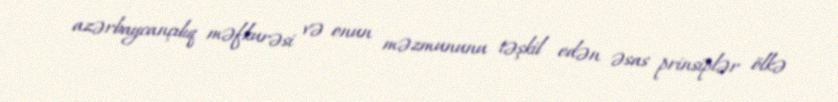
azərbaycançılıq məfkurəsi və onun məzmununu təşkil edən əsas prinsiplər ölkə